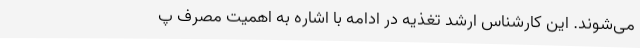
می‌شوند. این کارشناس ارشد تغذیه در ادامه با اشاره به اهمیت مصرف پ